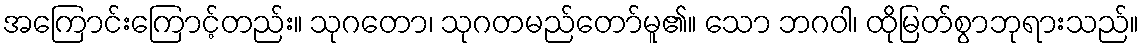
အကြောင်းကြောင့်တည်း။ သုဂတော၊ သုဂတမည်တော်မူ၏။ သော ဘဂဝါ၊ ထိုမြတ်စွာဘုရားသည်။